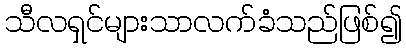
သီလရှင်များသာလက်ခံသည်ဖြစ်၍